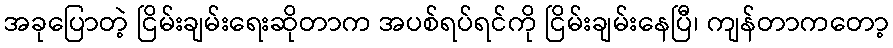
အခုပြောတဲ့ ငြိမ်းချမ်းရေးဆိုတာက အပစ်ရပ်ရင်ကို ငြိမ်းချမ်းနေပြီ၊ ကျန်တာကတော့